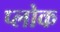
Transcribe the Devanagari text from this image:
प्लोक